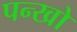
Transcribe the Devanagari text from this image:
पन्खो